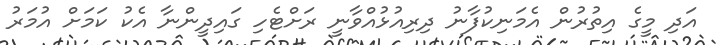
އަދި މީގެ އިތުރުން އެމަނިކުފާނު ދިރިއުޅުއްވާނީ ރަށްޓެހި ގައިދީންނާ އެކު ކަމަށް އުމަރު